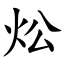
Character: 炂